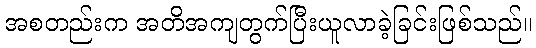
အစတည်းက အတိအကျတွက်ပြီးယူလာခဲ့ခြင်းဖြစ်သည်။